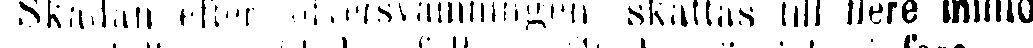
Skadan efter öfversvämningen skattas till flere millio-